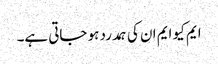
ایم کیو ایم ان کی ہمدرد ہو جاتی ہے۔